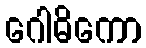
ဂေါဓိကော